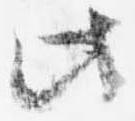
此